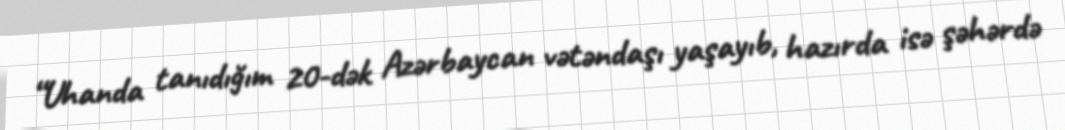
“Uhanda tanıdığım 20-dək Azərbaycan vətəndaşı yaşayıb, hazırda isə şəhərdə